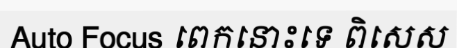
Auto Focus ពេកនោះទេ ពិសេស